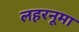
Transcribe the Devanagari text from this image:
लहरनूमा